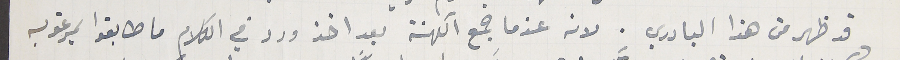
قد ظهر من هذا البادري. لانه عندما جمع الكهنة بعد اخذ ورد في الكلام ما طابقوا بمرغوبه